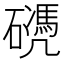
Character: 𥖬